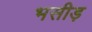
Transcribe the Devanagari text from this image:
भसीड़